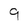
Character: 9